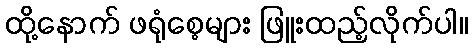
ထို့နောက် ဖရုံစေ့များ ဖြူးထည့်လိုက်ပါ။